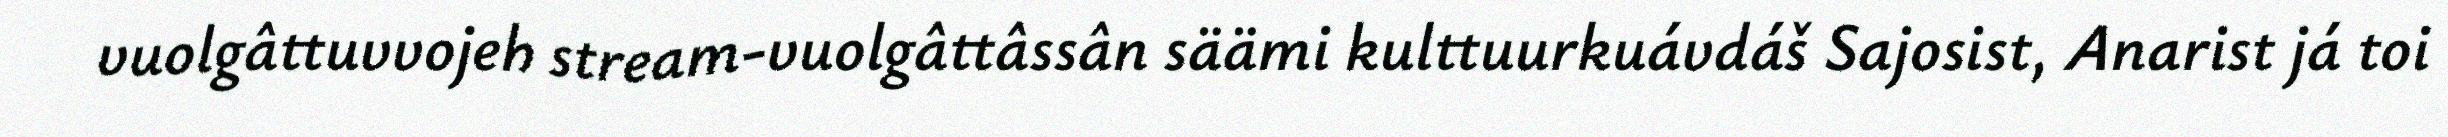
vuolgâttuvvojeh stream-vuolgâttâssân säämi kulttuurkuávdáš Sajosist, Anarist já toi